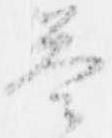
答